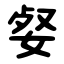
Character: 㛑